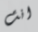
انت